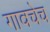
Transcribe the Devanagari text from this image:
गावचेच